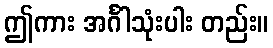
ဤကား အင်္ဂါသုံးပါး တည်း။